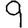
Digit: 9